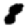
Digit: 8